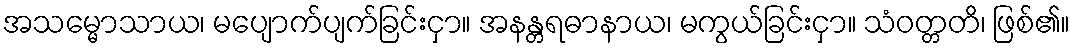
အသမ္မောသာယ၊ မပျောက်ပျက်ခြင်းငှာ။ အနန္တရဓာနာယ၊ မကွယ်ခြင်းငှာ။ သံဝတ္တတိ၊ ဖြစ်၏။